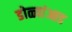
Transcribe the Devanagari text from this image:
डोळ्यांआड